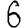
Digit: 6